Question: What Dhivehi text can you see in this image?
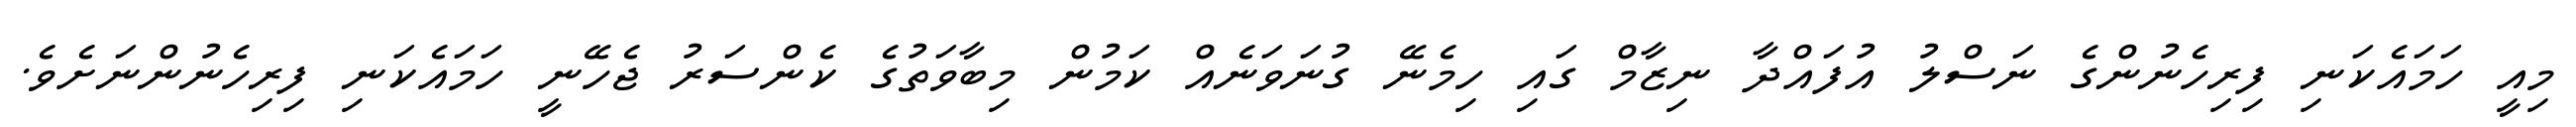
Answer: މިއީ ހަމައެކަނި ފިރިހެނުންގެ ނަސްލު އުފައްދާ ނިޒާމް ގައި ހިމެނޭ ގުނަވަނެއް ކަމުން މިބާވަތުގެ ކެންސަރު ޖެހޭނީ ހަމައެކަނި ފިރިހެނުންނަށެވެ.